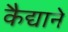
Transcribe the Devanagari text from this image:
कैद्याने